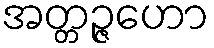
အတ္တဉ္ဇဟော